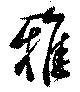
雅